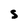
Character: S